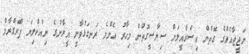
ނަޖީޖާއެއްގެ ގޮތުން އިސްރާއީލަށް ސިޔާސީގޮތުން މިހާރު އެންމެ ރަނގަޅުވާނީ އީރާނުގެ ނިއުކްލިޔަ ޕްރޮގްރާމް